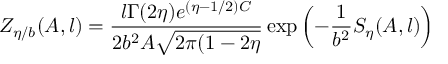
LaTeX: Z _ { \eta / b } ( A , l ) = \frac { l \Gamma ( 2 \eta ) e ^ { ( \eta - 1 / 2 ) C } } { 2 b ^ { 2 } A \sqrt { 2 \pi ( 1 - 2 \eta } } \exp \left( - \frac 1 { b ^ { 2 } } S _ { \eta } ( A , l ) \right)